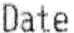
DATE